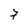
Character: 7